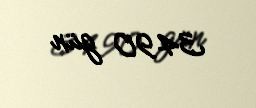
3490 gün